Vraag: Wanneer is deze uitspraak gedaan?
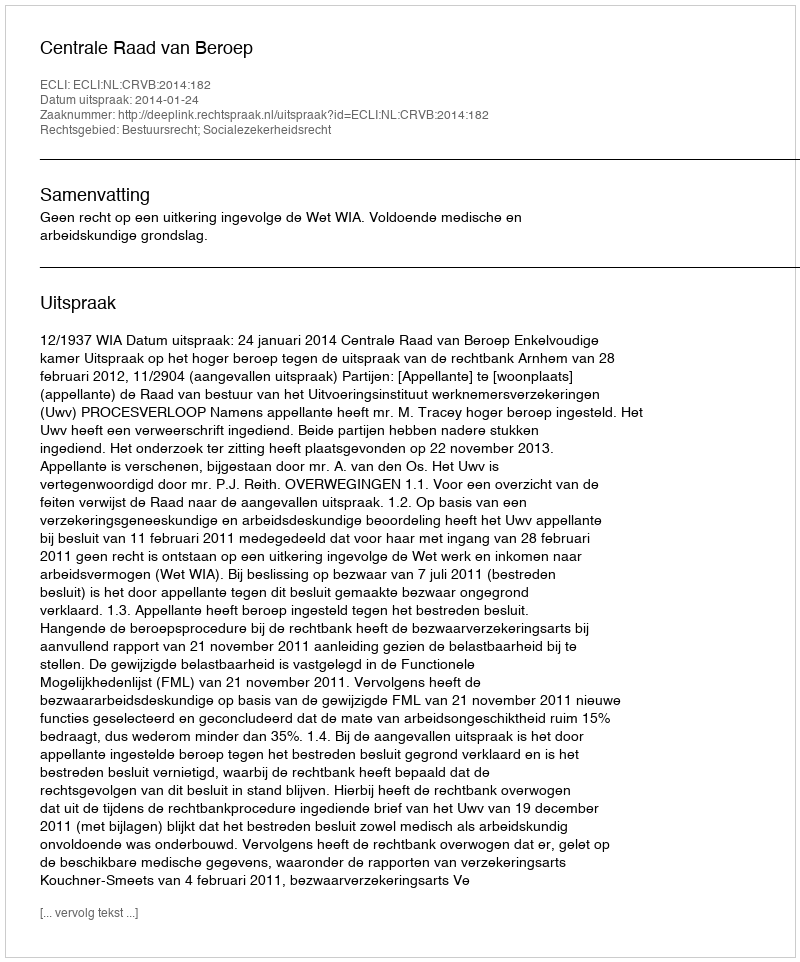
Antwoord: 2014-01-24